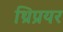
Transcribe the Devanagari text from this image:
थ्रिप्रयर